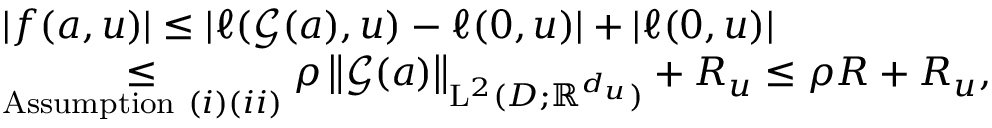
\begin{array} { r l } & { | f ( a , u ) | \leq | \ell ( \boldsymbol { \mathcal { G } } ( a ) , u ) - \ell ( 0 , u ) | + | \ell ( 0 , u ) | } \\ & { \underset { \mathrm { A s s u m p t i o n ~ } ( i ) ( i i ) } \leq \rho \left\| \boldsymbol { \mathcal { G } } ( a ) \right\| _ { \mathrm { L } ^ { 2 } ( D ; \mathbb { R } ^ { d _ { u } } ) } + R _ { u } \leq \rho R + R _ { u } , } \end{array}